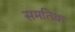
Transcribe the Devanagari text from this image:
समतिक